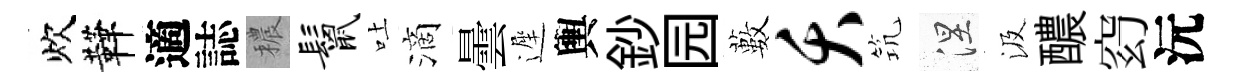
炊鞾適誌穠鬣吐滴曇遲輿鈔园藪夭𥬑涅汲醲𥥆沅